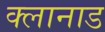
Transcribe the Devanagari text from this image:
क्लानाड